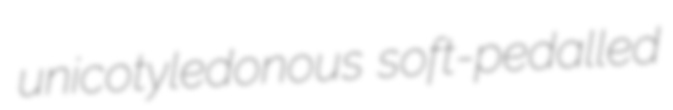
unicotyledonous soft-pedalled